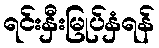
ရင်းနှီးမြုပ်နှံရန်